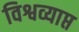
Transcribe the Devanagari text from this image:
विश्वव्याप्त